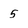
Character: 5